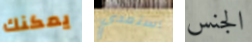
يمكنك استعدي الجنس